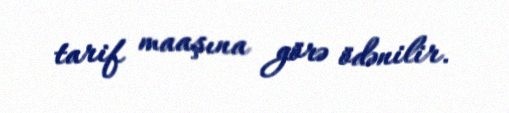
tarif maaşına görə ödənilir.